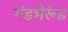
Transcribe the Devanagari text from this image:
गंडभेरूंड